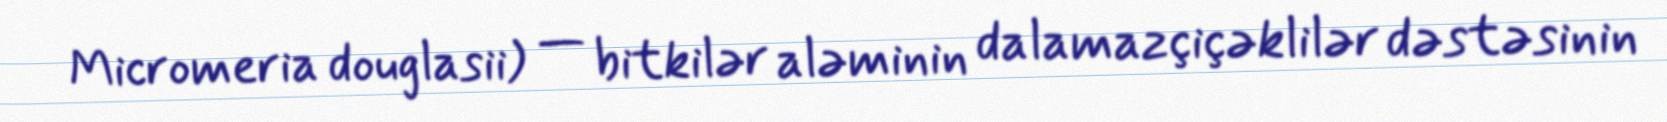
Micromeria douglasii) — bitkilər aləminin dalamazçiçəklilər dəstəsinin